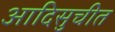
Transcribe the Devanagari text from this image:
आदिसुचीत